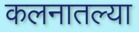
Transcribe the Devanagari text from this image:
कलनातल्या